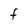
Character: f